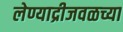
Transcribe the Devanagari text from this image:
लेण्याद्रीजवळच्या